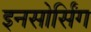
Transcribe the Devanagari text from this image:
इनसोर्सिंग